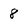
Character: 8